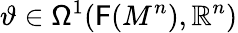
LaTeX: \vartheta\in\mathsf{\Omega}^{1}({\mathsf{F}}(M^{n}),\mathbb{R}^{n})